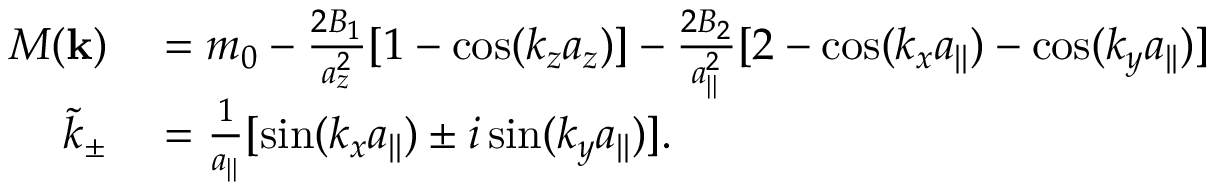
\begin{array} { r l } { M ( { \bf k } ) } & { { } = m _ { 0 } - \frac { 2 B _ { 1 } } { a _ { z } ^ { 2 } } [ 1 - \cos ( k _ { z } a _ { z } ) ] - \frac { 2 B _ { 2 } } { a _ { | | } ^ { 2 } } [ 2 - \cos ( k _ { x } a _ { | | } ) - \cos ( k _ { y } a _ { | | } ) ] } \\ { \tilde { k } _ { \pm } } & { { } = \frac { 1 } { a _ { | | } } [ \sin ( k _ { x } a _ { | | } ) \pm i \sin ( k _ { y } a _ { | | } ) ] . } \end{array}